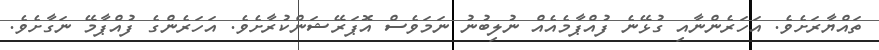
ތައްޔާރަށެވެ. އަހަރެންނާއި ގުޅޭނެ ފުއްޕާމެއެއް ނުލިބުނު ނަމަވެސް އޮޕަރޭޝަންކުރާށެވެ. އަހަރެންގެ ފުއްޕާމޭ ނަގާށެވެ.